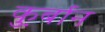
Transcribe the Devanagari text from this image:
कु़र्बान